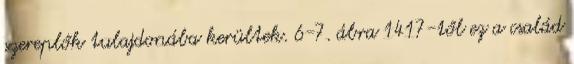
szereplők tulajdonába kerültek. 6-7. ábra 1417-től ez a család